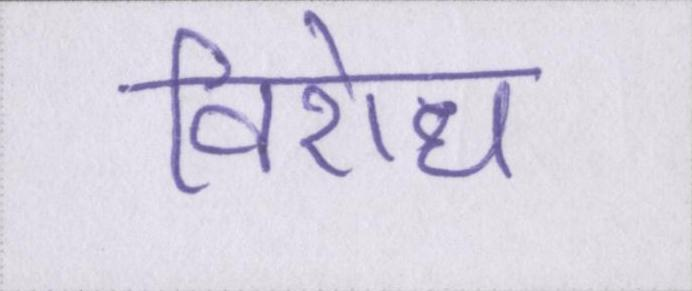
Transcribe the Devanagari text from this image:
विरोध